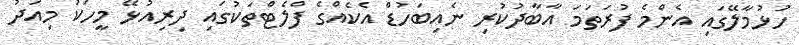
ހުޅުމާލޭގައި އެންމެ ފުރަތަމަ އާބާދުކުރި ނެއިބަހުޑް އެކެއްގެ ފްލެޓްތަކުގައި ދިރިއުޅޭ މީހަކު މިއަދު